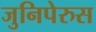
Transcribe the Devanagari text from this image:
जुनिपेरुस